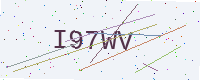
Text: I97WV